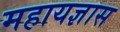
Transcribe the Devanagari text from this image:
महायज्ञास